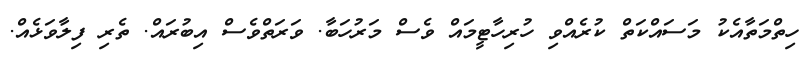
ހިތްމަތާއެކު މަސައްކަތް ކުރެއްވި ހުރިހާޓީމައް ވެސް މަރުހަބާ. ވަރަތްވެސް އިބުރައް. ތެރި ފިލާވަޅެއް.